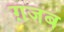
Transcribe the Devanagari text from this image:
ग़जब